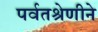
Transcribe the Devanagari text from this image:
पर्वतश्रेणीने